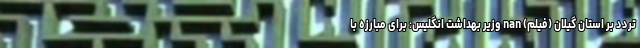
تردد بر استان گیلان (فیلم) nan وزیر بهداشت انگلیس: برای مبارزه با